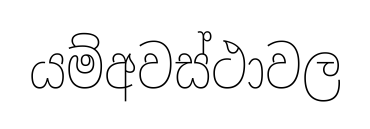
යම්අවස්ථාවල